Vaccination in the Punjab 1867-1880 - 1867-1880
Year: 1867
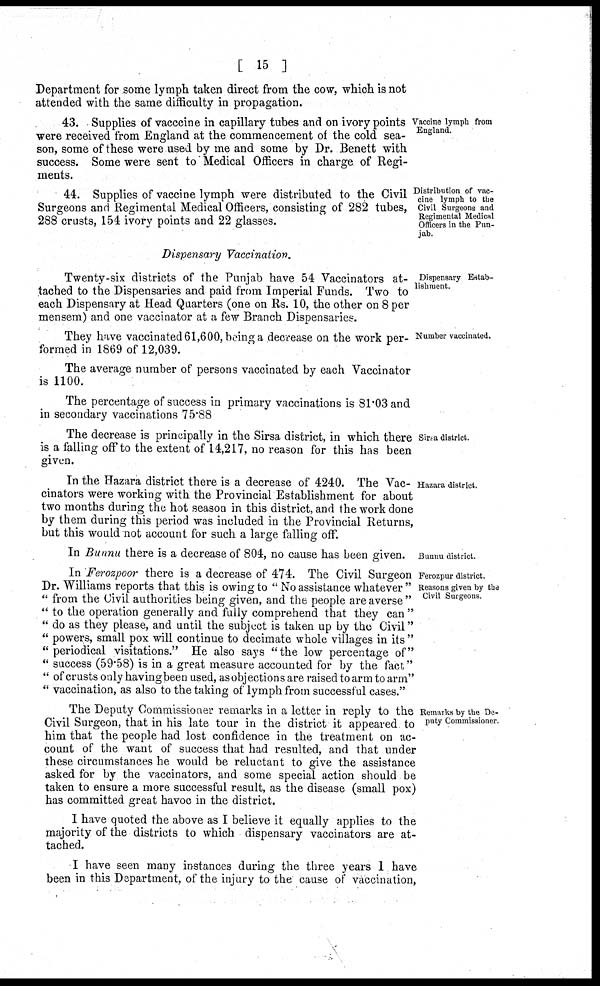
[ 15 ]
Department for some lymph taken direct from the cow, which is not
attended with the same difficulty in propagation.
Vaccine lymph from
England.
43. Supplies of vacccine in capillary tubes and on ivory points
were received from England at the commencement of the cold sea-
son, some of these were used by me and some by Dr. Benett with
success. Some were sent to Medical Officers in charge of Regi-
ments.
Distribution of vac-
cine lymph to the
Civil Surgeons and
Regimental Medical
Officers in the Pun-
jab.
44. Supplies of vaccine lymph were distributed to the Civil
Surgeons and Regimental Medical Officers, consisting of 282 tubes,
288 crusts, 154 ivory points and 22 glasses.
Dispensary Vaccination.
Dispensary Estab-
lishment.
Twenty-six districts of the Punjab have 54 Vaccinators at-
tached to the Dispensaries and paid from Imperial Funds. Two to
each Dispensary at Head Quarters (one on Rs. 10, the other on 8 per
mensem) and one vaccinator at a few Branch Dispensaries.
Number vaccinated.
They have vaccinated 61,600, being a decrease on the work per-
formed in 1869 of 12,039.
The average number of persons vaccinated by each Vaccinator
is 1100.
The percentage of success in primary vaccinations is 81.03 and
in secondary vaccinations 75.88
Sirsa district.
The decrease is principally in the Sirsa district, in which there
is a falling off to the extent of 14,217, no reason for this has been
given.
Hazara district.
In the Hazara district there is a decrease of 4240. The Vac-
cinators were working with the Provincial Establishment for about
two months during the hot season in this district, and the work done
by them during this period was included in the Provincial Returns,
but this would not account for such a large falling off.
Bunnu district.
In Bunnu there is a decrease of 804, no cause has been given.
Ferozpur district.
Reasons given by the
Civil Surgeons.
In Ferozpoor there is a decrease of 474. The Civil Surgeon
Dr. Williams reports that this is owing to "No assistance whatever"
"from the Civil authorities being given, and the people are averse"
"to the operation generally and fully comprehend that they can"
"do as they please, and until the subject is taken up by the Civil"
"powers, small pox will continue to decimate whole villages in its"
"periodical visitations." He also says "the low percentage of"
"success (59.58) is in a great measure accounted for by the fact"
"of crusts only having been used, as objections are raised to arm to arm"
"vaccination, as also to the taking of lymph from successful cases."
Remarks by the De-
puty Commissioner.
The Deputy Commissioner remarks in a letter in reply to the
Civil Surgeon, that in his late tour in the district it appeared to
him that the people had lost confidence in the treatment on ac-
count of the want of success that had resulted, and that under
these circumstances he would be reluctant to give the assistance
asked for by the vaccinators, and some special action should be
taken to ensure a more successful result, as the disease (small pox)
has committed great havoc in the district.
I have quoted the above as I believe it equally applies to the
majority of the districts to which dispensary vaccinators are at-
tached.
I have seen many instances during the three years I have
been in this Department, of the injury to the cause of vaccination,